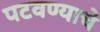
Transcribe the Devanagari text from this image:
पटवण्याचे